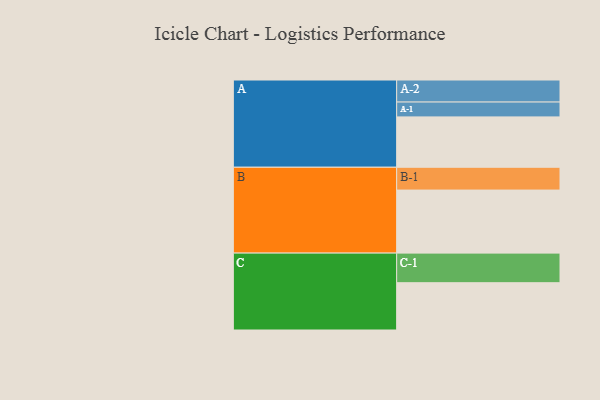
{"axis": {"x": "Segment", "y": "Value"}, "legend": ["", "A", "B", "C"], "data": [{"x": "A", "y": 393, "type": ""}, {"x": "B", "y": 492, "type": ""}, {"x": "C", "y": 369, "type": ""}, {"x": "A-1", "y": 116, "type": "A"}, {"x": "A-2", "y": 172, "type": "A"}, {"x": "B-1", "y": 178, "type": "B"}, {"x": "C-1", "y": 231, "type": "C"}]}